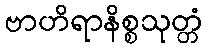
ဗာဟိရာနိစ္စသုတ္တံ